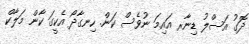
ދޮގު އަސްލު ޑިނާރ އައިމަ ނުވެސް ކަން. ހިނގާދޯ އެކީގަ ކާން މަލާކް